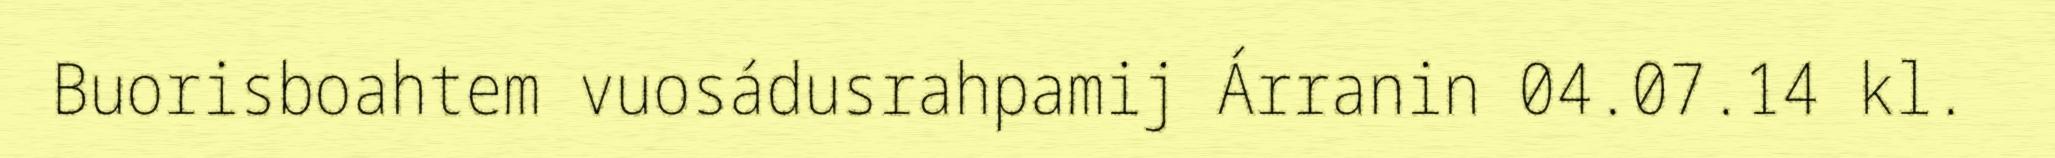
Buorisboahtem vuosádusrahpamij Árranin 04.07.14 kl.